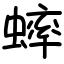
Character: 蟀